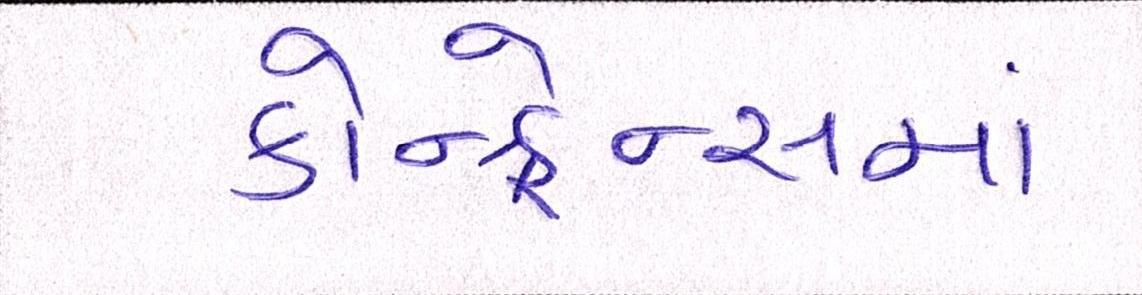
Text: કોન્ફ્રેન્સમાં